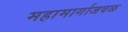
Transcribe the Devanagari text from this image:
महामार्गाजवळ